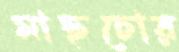
মাছচোর